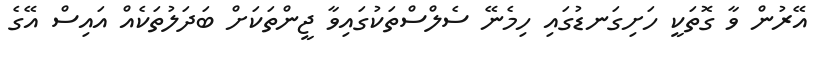
އޭރުން ވާ ގޮތަކީ ހަށިގަނޑުގައި ހިމެނޭ ސެލްސްތަކުގައިވާ ޖީންތަކަށް ބަދަލުތަކެއް އައިސް އޭގެ